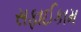
સફાઈકામ